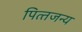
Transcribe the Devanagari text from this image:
पित्‍तजन्‍य